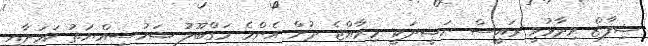
ޝިފާޒް ވިދާޅުވީ ރައީސް ނަޝީދަކީ މިރާއްޖެ ދުށް އެންމެ މަގްބޫލު ޝަހުސިއްޔަތު ކަމަށާއި